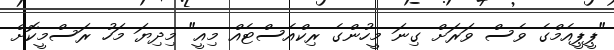
"ޕީޕީއެމްގެ ވެސް ވަރަށް ގިނަ މީހުންގެ ރިކްއެސްޓެއް މިއީ" މިދިޔަ މަހު ރަސްމީކޮށް